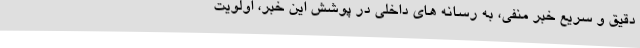
دقیق و سریعِ خبر منفی، به رسانه های داخلی در پوشش این خبر، اولویت